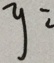
y =